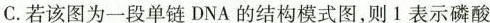
C.若该图为一段单链DNA的结构模式图，则1表示磷酸